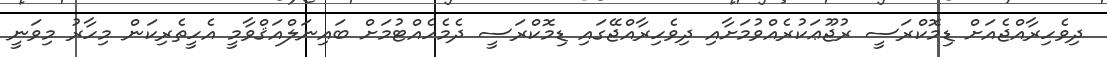
ދިވެހިރާއްޖެއަށް ޑިމޮކްރަސީ ރުޖޫޢަކުރެއްވުމަށާއި ދިވެހިރާއްޖޭގައި ޑިމޮކްރަސީ ދެމެހެއްޓުމަށް ބައިނަލްއަޤްވާމީ އެހީތެރިކަން މިހާރު މިވަނީ